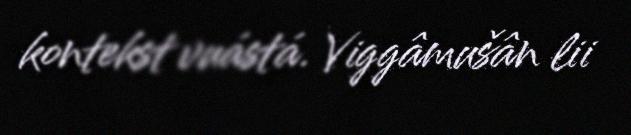
kontekst vuástá. Viggâmušân lii